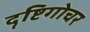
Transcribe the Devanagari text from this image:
दॄष्टिगोचर